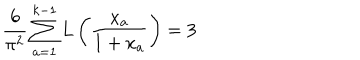
LaTeX: \frac { 6 } { \pi ^ { 2 } } \sum _ { a = 1 } ^ { k - 1 } L \left( \frac { x _ { a } } { 1 + x _ { a } } \right) = 3 \,